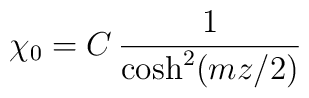
\chi_0 = C\, \frac{1}{\cosh^2 (mz/2)}